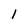
Character: l